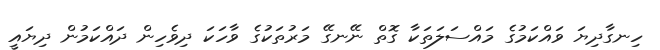
ހިނގާދިޔަ ވައްކަމުގެ މައްސަލަތަކާ ގޮތް ނޭނގޭ މަރުތަކުގެ ވާހަކަ ދިވެހިން ދައްކަމުން ދިޔައީ